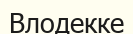
Влодекке